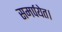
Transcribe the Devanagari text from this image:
समर्पयेत।